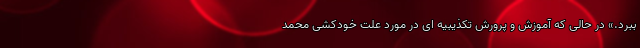
ببرد.» در حالی که آموزش و پرورش تکذیبیه ای در مورد علت خودکشی محمد